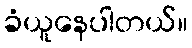
ခံယူနေပါတယ်။